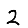
Digit: 2